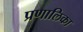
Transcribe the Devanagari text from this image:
प्रणालिका